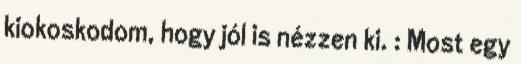
kiokoskodom, hogy jól is nézzen ki. : Most egy